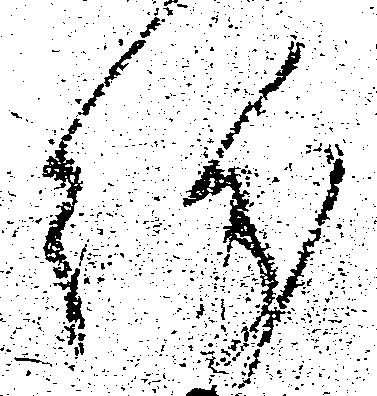
紛